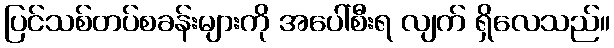
ပြင်သစ်တပ်စခန်းများကို အပေါ်စီးရ လျက် ရှိလေသည်။